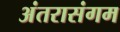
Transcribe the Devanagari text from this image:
अंतरासंगम